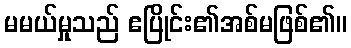
မမယ်မှုသည် ဧပြိုင်း၏အစ်မဖြစ်၏။